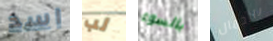
اسد لب بالسوء بالجمال